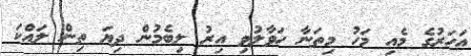
އަހަރުގެ މެއި މަހު މިތަނާ ހަވާލުވި އިރު ލިބެމުން ދިޔަ ތިން ލައްކަ